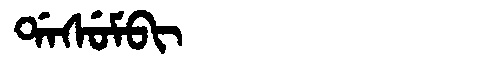
Manchu: ᡩᠠᠰᡠᠮᠪᡳ
Romanization: DASUMBI